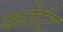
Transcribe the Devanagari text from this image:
कोरंट